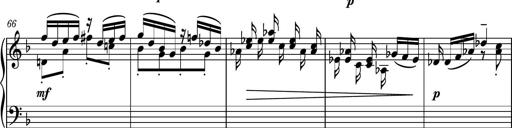
Title: Piano Sonatina No.1
Composer: Dimitri Sykias
Key: D minor